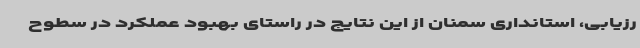
رزیابی، استانداری سمنان از این نتایج در راستای بهبود عملکرد در سطوح